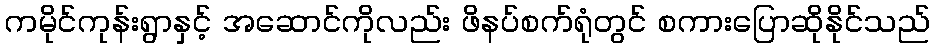
ကမိုင်ကုန်းရွာနှင့် အဆောင်ကိုလည်း ဖိနပ်စက်ရုံတွင် စကားပြောဆိုနိုင်သည်